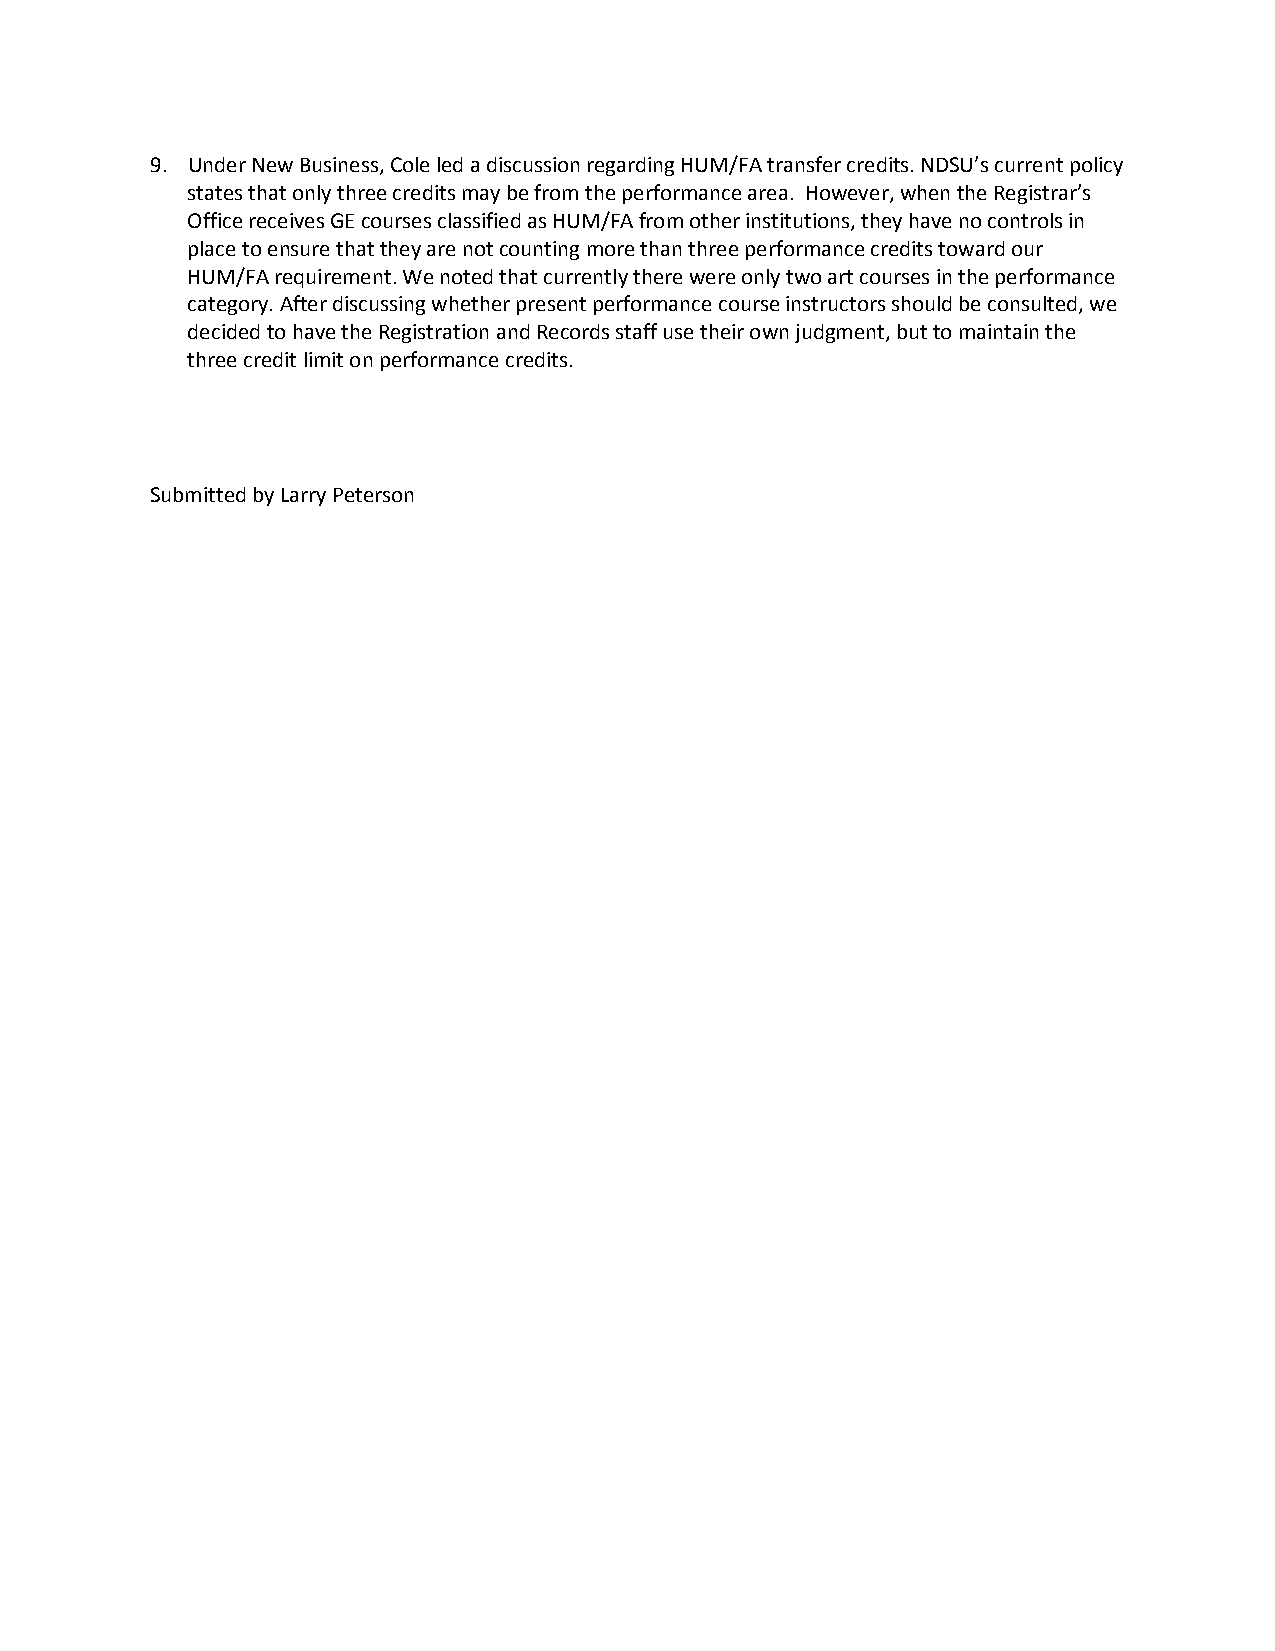
9. Under New Business, Cole led a discussion regarding HUM/FA transfer credits. NDSU’s current policy
 states that only three credits may be from the performance area. However, when the Registrar’s
 Office receives GE courses classified as HUM/FA from other institutions, they have no controls in
 place to ensure that they are not counting more than three performance credits toward our
 HUM/FA requirement. We noted that currently there were only two art courses in the performance
 category. After discussing whether present performance course instructors should be consulted, we
 decided to have the Registration and Records staff use their own judgment, but to maintain the
 three credit limit on performance credits.
 Submitted by Larry Peterson